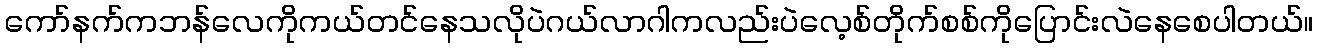
ကော်နက်ကဘန်လေကိုကယ်တင်နေသလိုပဲဂယ်လာဂါကလည်းပဲလေ့စ်တိုက်စစ်ကိုပြောင်းလဲနေစေပါတယ်။